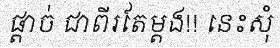
ផ្តាច់ ជាពីរតែម្តង!! នេះសុំ